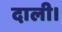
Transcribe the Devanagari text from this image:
दाली।